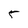
Character: 5